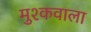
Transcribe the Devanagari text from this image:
मुश्कवाला